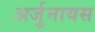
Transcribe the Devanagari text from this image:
अर्जुनायस